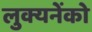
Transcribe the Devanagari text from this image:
लुक्यनेंको